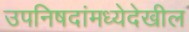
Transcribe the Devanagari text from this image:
उपनिषदांमध्येदेखील